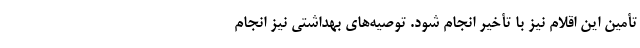
تأمین این اقلام نیز با تأخیر انجام شود. توصیه‌های بهداشتی نیز انجام